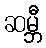
ဆမ္ဘီ